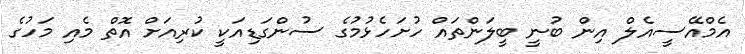
އެމްއޭސީއެލް އިން ބުނީ ބީލަންތައް ހުށަހެޅުމުގެ ސުންގަޑިއަކީ ކުރިއަށް އޮތް މެއި މަހުގެ